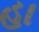
હા